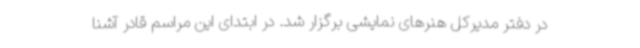
در دفتر مدیرکل هنرهای نمایشی برگزار شد. در ابتدای این مراسم قادر آشنا